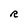
Character: R